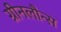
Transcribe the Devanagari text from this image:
ग्रीनलौन्स